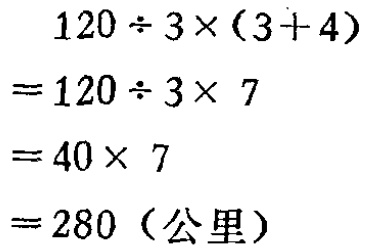
\[
\begin{align*}
&120\div3\times(3 + 4)\\
=&120\div3\times7\\
=&40\times7\\
=&280 (\text{公里})
\end{align*}
\]